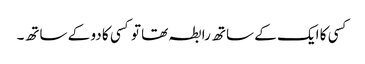
کسی کا ایک کے ساتھ رابطہ تھا تو کسی کا دو کے ساتھ۔